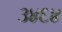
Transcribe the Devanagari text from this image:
३४६४